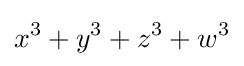
x^{3}+y^{3}+z^{3}+w^{3}